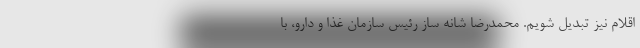
اقلام نیز تبدیل شویم. محمدرضا شانه ساز رئیس سازمان غذا و دارو، با